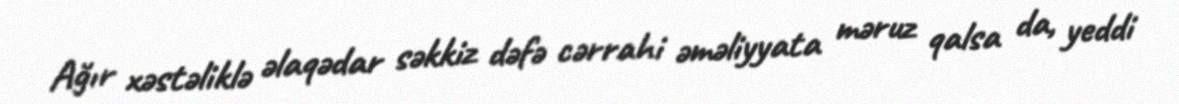
Ağır xəstəliklə əlaqədar səkkiz dəfə cərrahi əməliyyata məruz qalsa da, yeddi